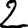
Digit: 2